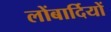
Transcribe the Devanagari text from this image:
लोंबार्दियों